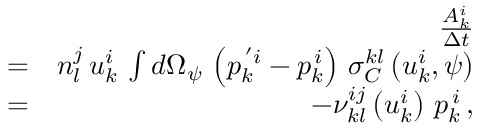
\begin{array} { r l r } & { } & { \frac { A _ { k } ^ { i } } { \Delta t } } \\ & { = } & { n _ { l } ^ { j } \, u _ { k } ^ { i } \, \int d \Omega _ { \psi } \, \left( p _ { k } ^ { \, ^ { \prime } i } - p _ { k } ^ { \, i } \right) \, \sigma _ { C } ^ { k l } \left( u _ { k } ^ { i } , \psi \right) } \\ & { = } & { - \nu _ { k l } ^ { i j } \left( u _ { k } ^ { i } \right) \, p _ { k } ^ { \, i } \, , } \end{array}